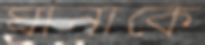
ঘানাকে